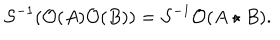
{ \cal S } ^ { - 1 } ( { \cal O } ( A ) { \cal O } ( B ) ) = { \cal S } ^ { - 1 } { \cal O } ( A \star B ) .